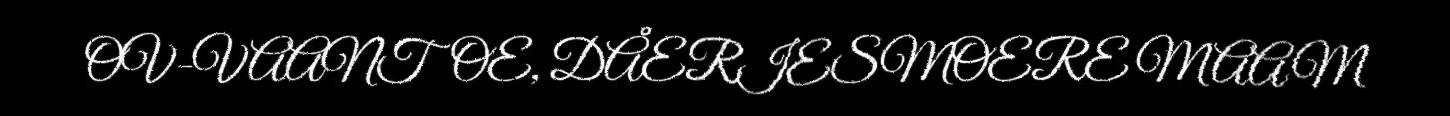
OV-VAANTOE, DÅERIESMOERE MAAM